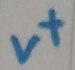
Text: v+